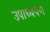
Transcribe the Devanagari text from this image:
उपाध्येपण